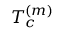
T _ { c } ^ { ( m ) }